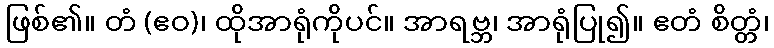
ဖြစ်၏။ တံ (ဧဝ)၊ ထိုအာရုံကိုပင်။ အာရဗ္ဘ၊ အာရုံပြု၍။ ဧတံ စိတ္တံ၊